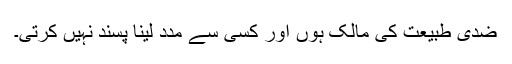
ضدی طبیعت کی مالک ہوں اور کسی سے مدد لینا پسند نہیں کرتی۔